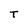
Character: T